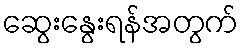
ဆွေးနွေးရန်အတွက်